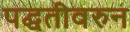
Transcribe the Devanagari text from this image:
पद्घतीवरुन